NAE_kihelkonnakohtute_kirjad_ja_protokollid_1869-1889, lk 5
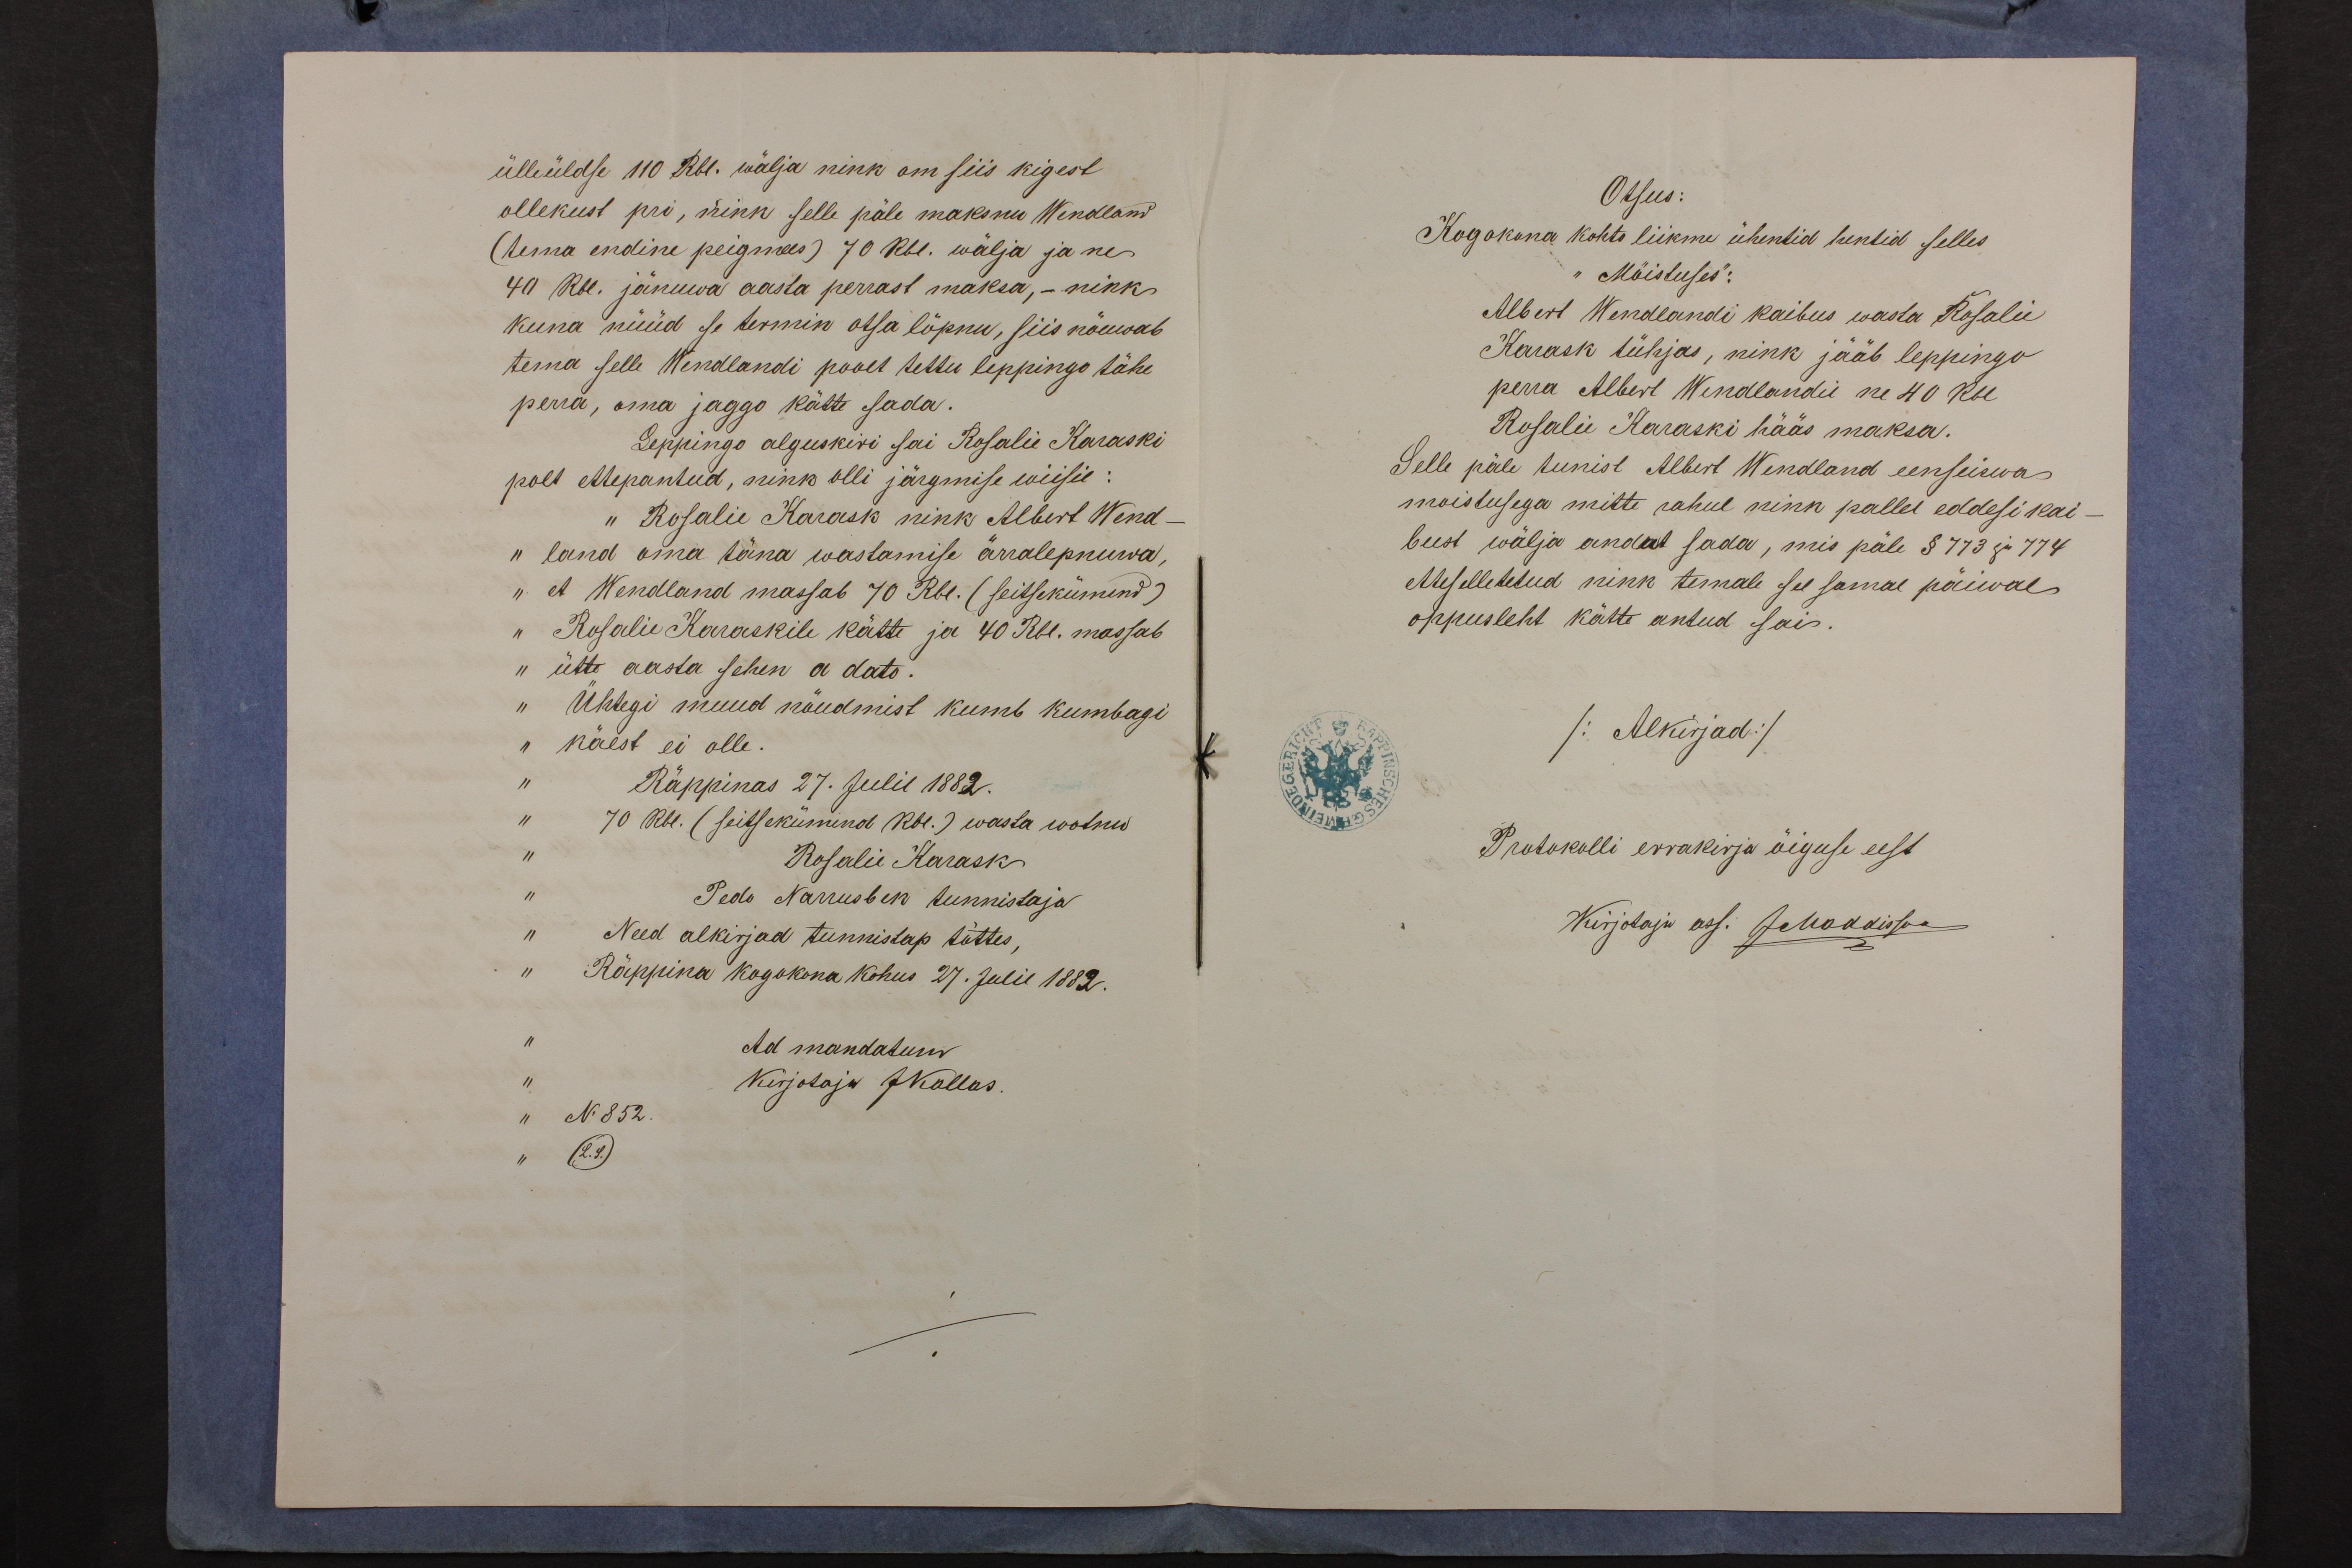
ülleüldse 110 Rbl. wälja nink om siis kigest
ollekust pri, nink selle päle maksnu Wendland
(tema endine peigmees) 70 Rbl. wälja ja ne.
40 Rbl. jänuwa aasta perrast maksa, - nink
kuna nüüd se termin otsa lõpnu, siis nõuwab
tema selle Wendlandi poolt tehtu leppingo tähe
perra, oma jaggo kätte sada.
Leppingo alguskiri sai Rosalie Karaski
polt ettepantud, nink olli järgmise wiisil:
"Rosalie Karask nink Albert Wend-
land oma täna wastamise ärralepnuwa,
et Wendland massab 70 Rbl. (seitsekümend)
Rosalie Karaskile kätte ja 40 Rbl. massab
ütte aasta sehen a dats.
Ühtegi muud nõudmist kumb kumbagi
käest ei olle.
Räppinas 27. Julil 1882.
70 Rbl. (seitsekümind (Rbl.) wasta wotnud
Rosalie Karask.
Pedo Narrusbek tunnistaja
Need alkirjad tunnistap tõttes,
Räppina kogokona kohus 27. Julil 1882.
Ad mandatum
kirjotaja JKallas.
N. 852.

Otsus:
Kogokona kohto liikme ühentid hentid selles
Mõistuses:
Albert Wendlandi kaibus wasta Rosalie
Karask tühjas, nink jääb leppingo
perra Albert Wendlandil ne 40 Rbl
Rosalie Karaski hääs maksa.
Selle päle tunist Albert Wendland eenseiswa
moistusega mitte rahul nink palle eddesi kai-
bust wälja andat sada, mis päle § 773 ja 774
etteselletetud nink temale see samal päiwal
õppusleht kätte antud sai.
/Alkirjad/
Protokolli errakirja õiguse eest